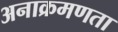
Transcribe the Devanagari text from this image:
अनाक्रमणता